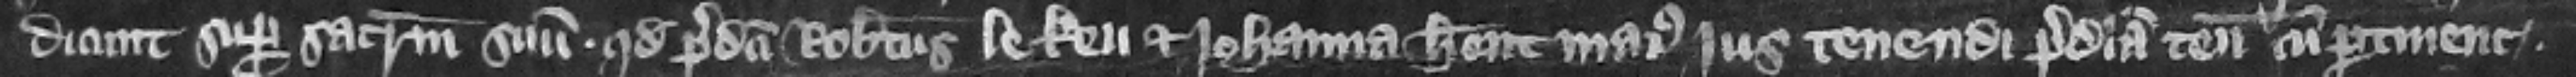
dicunt super sacramentum suum. quod predicti Robertus le Keu et Iohanna habentmaius jus tenendi predicta tenementa cum pertinencis